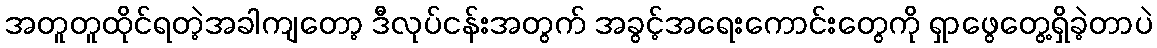
အတူတူထိုင်ရတဲ့အခါကျတော့ ဒီလုပ်ငန်းအတွက် အခွင့်အရေးကောင်းတွေကို ရှာဖွေတွေ့ရှိခဲ့တာပဲ